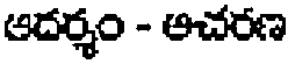
ఆదర్శం - ఆచరణ